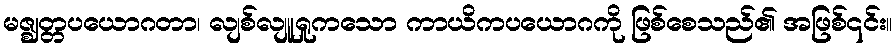
မဇ္ဈတ္တပယောဂတာ၊ လျစ်လျူရှုကသော ကာယိကပယောဂကို ဖြစ်စေသည်၏ အဖြစ်၎င်း။